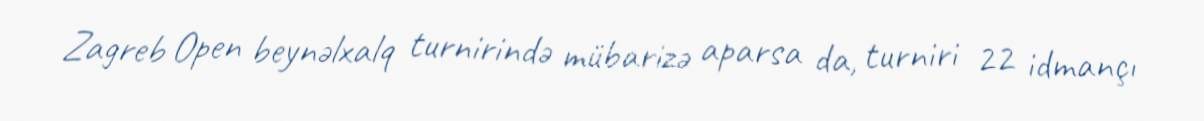
Zagreb Open beynəlxalq turnirində mübarizə aparsa da, turniri 22 idmançı